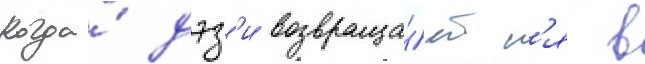
Когда́ дэз'и возвраща́етс'я в